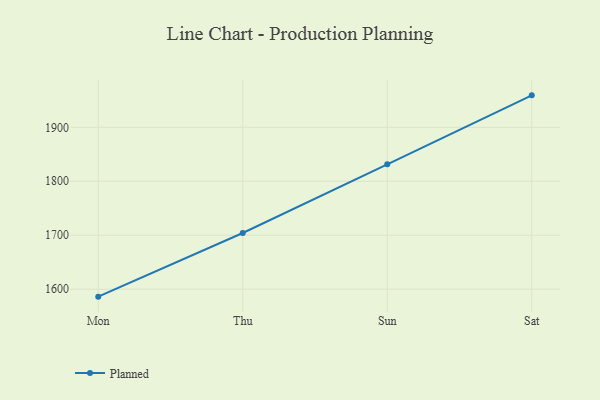
{"axis": {"x": "Day", "y": "Churn Rate (%)"}, "legend": ["Planned"], "data": [{"x": "Mon", "y": 1586.2, "type": "Planned"}, {"x": "Thu", "y": 1704.2, "type": "Planned"}, {"x": "Sun", "y": 1831.4, "type": "Planned"}, {"x": "Sat", "y": 1959.2, "type": "Planned"}]}